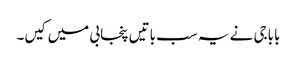
باباجی نے یہ سب باتیں پنجابی میں کیں۔